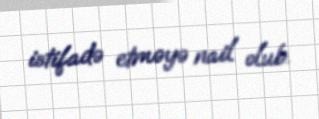
istifadə etməyə nail olub.